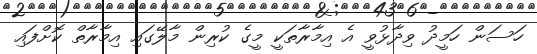
ހަސަން ހަމީދު ވިދާޅުވީ އެ އިމާރާތަކީ މީގެ ކުރިން މާލޭގައި އިމާރާތް ކޮށްފައި